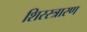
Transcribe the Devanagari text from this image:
शिरस्त्रारण